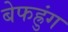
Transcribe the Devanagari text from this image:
बेफह्रुंग